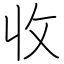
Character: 收